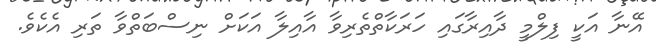
އޭނާ އަކީ ފިލްމީ ދާއިރާގައި ހަރަކާތްތެރިވާ އާއިލާ އަކަށް ނިސްބަތްވާ ތަރި އެކެވެ.